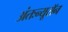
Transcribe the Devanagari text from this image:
अंतःन्यूरॉन